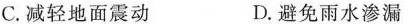
C.减轻地面震动 D.避免雨水渗漏